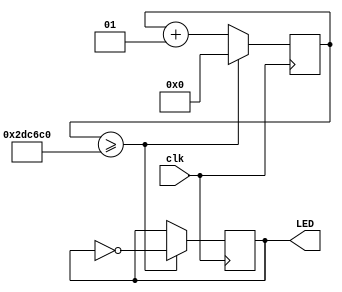
module led_blink (input wire clk, output wire LED);
	integer counter;
	reg state;
	
	always @ (posedge clk) begin
		counter <= counter + 1;
		if(counter >= 3000000) begin
			counter <= 0;
			state <= !state;
		end
	end
	assign LED = state;
endmodule